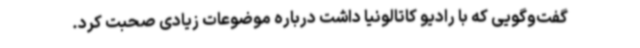
گفت‌وگویی که با رادیو کاتالونیا داشت درباره موضوعات زیادی صحبت کرد.